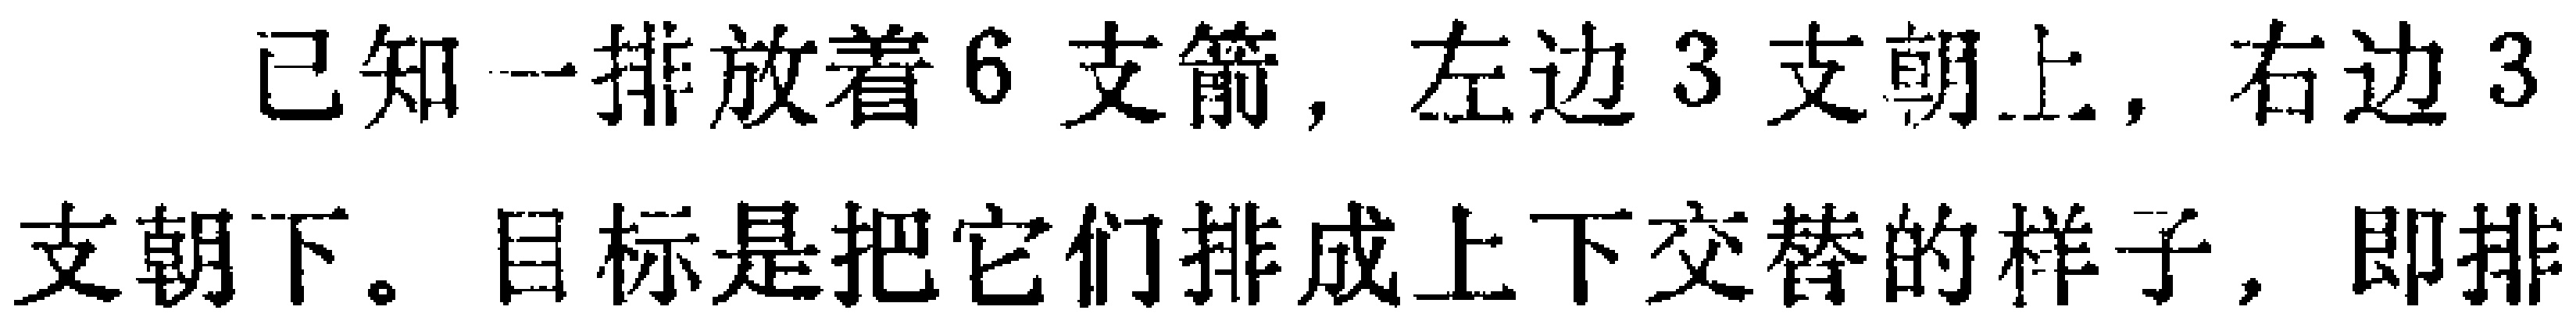
已知一排放着6支箭，左边3支朝上，右边3支朝下。目标是把它们排成上下交替的样子，即排